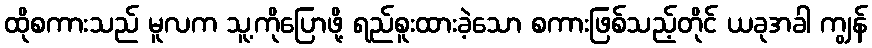
ထိုစကားသည် မူလက သူ့ကိုပြောဖို့ ရည်စူးထားခဲ့သော စကားဖြစ်သည့်တိုင် ယခုအခါ ကျွန်